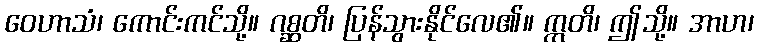
ဝေဟာသံ၊ ကောင်းကင်သို့။ ဂစ္ဆတိ၊ ပြန်သွားနိုင်လေ၏။ ဣတိ၊ ဤသို့။ အာဟ၊